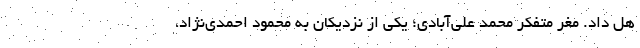
هُل داد. مغر متفکر محمد علی‌آبادی؛ یکی از نزدیکان به محمود احمدی‌نژاد،